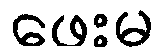
ဖေးမ